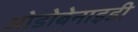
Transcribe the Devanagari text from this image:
ओडोबेनाइडी